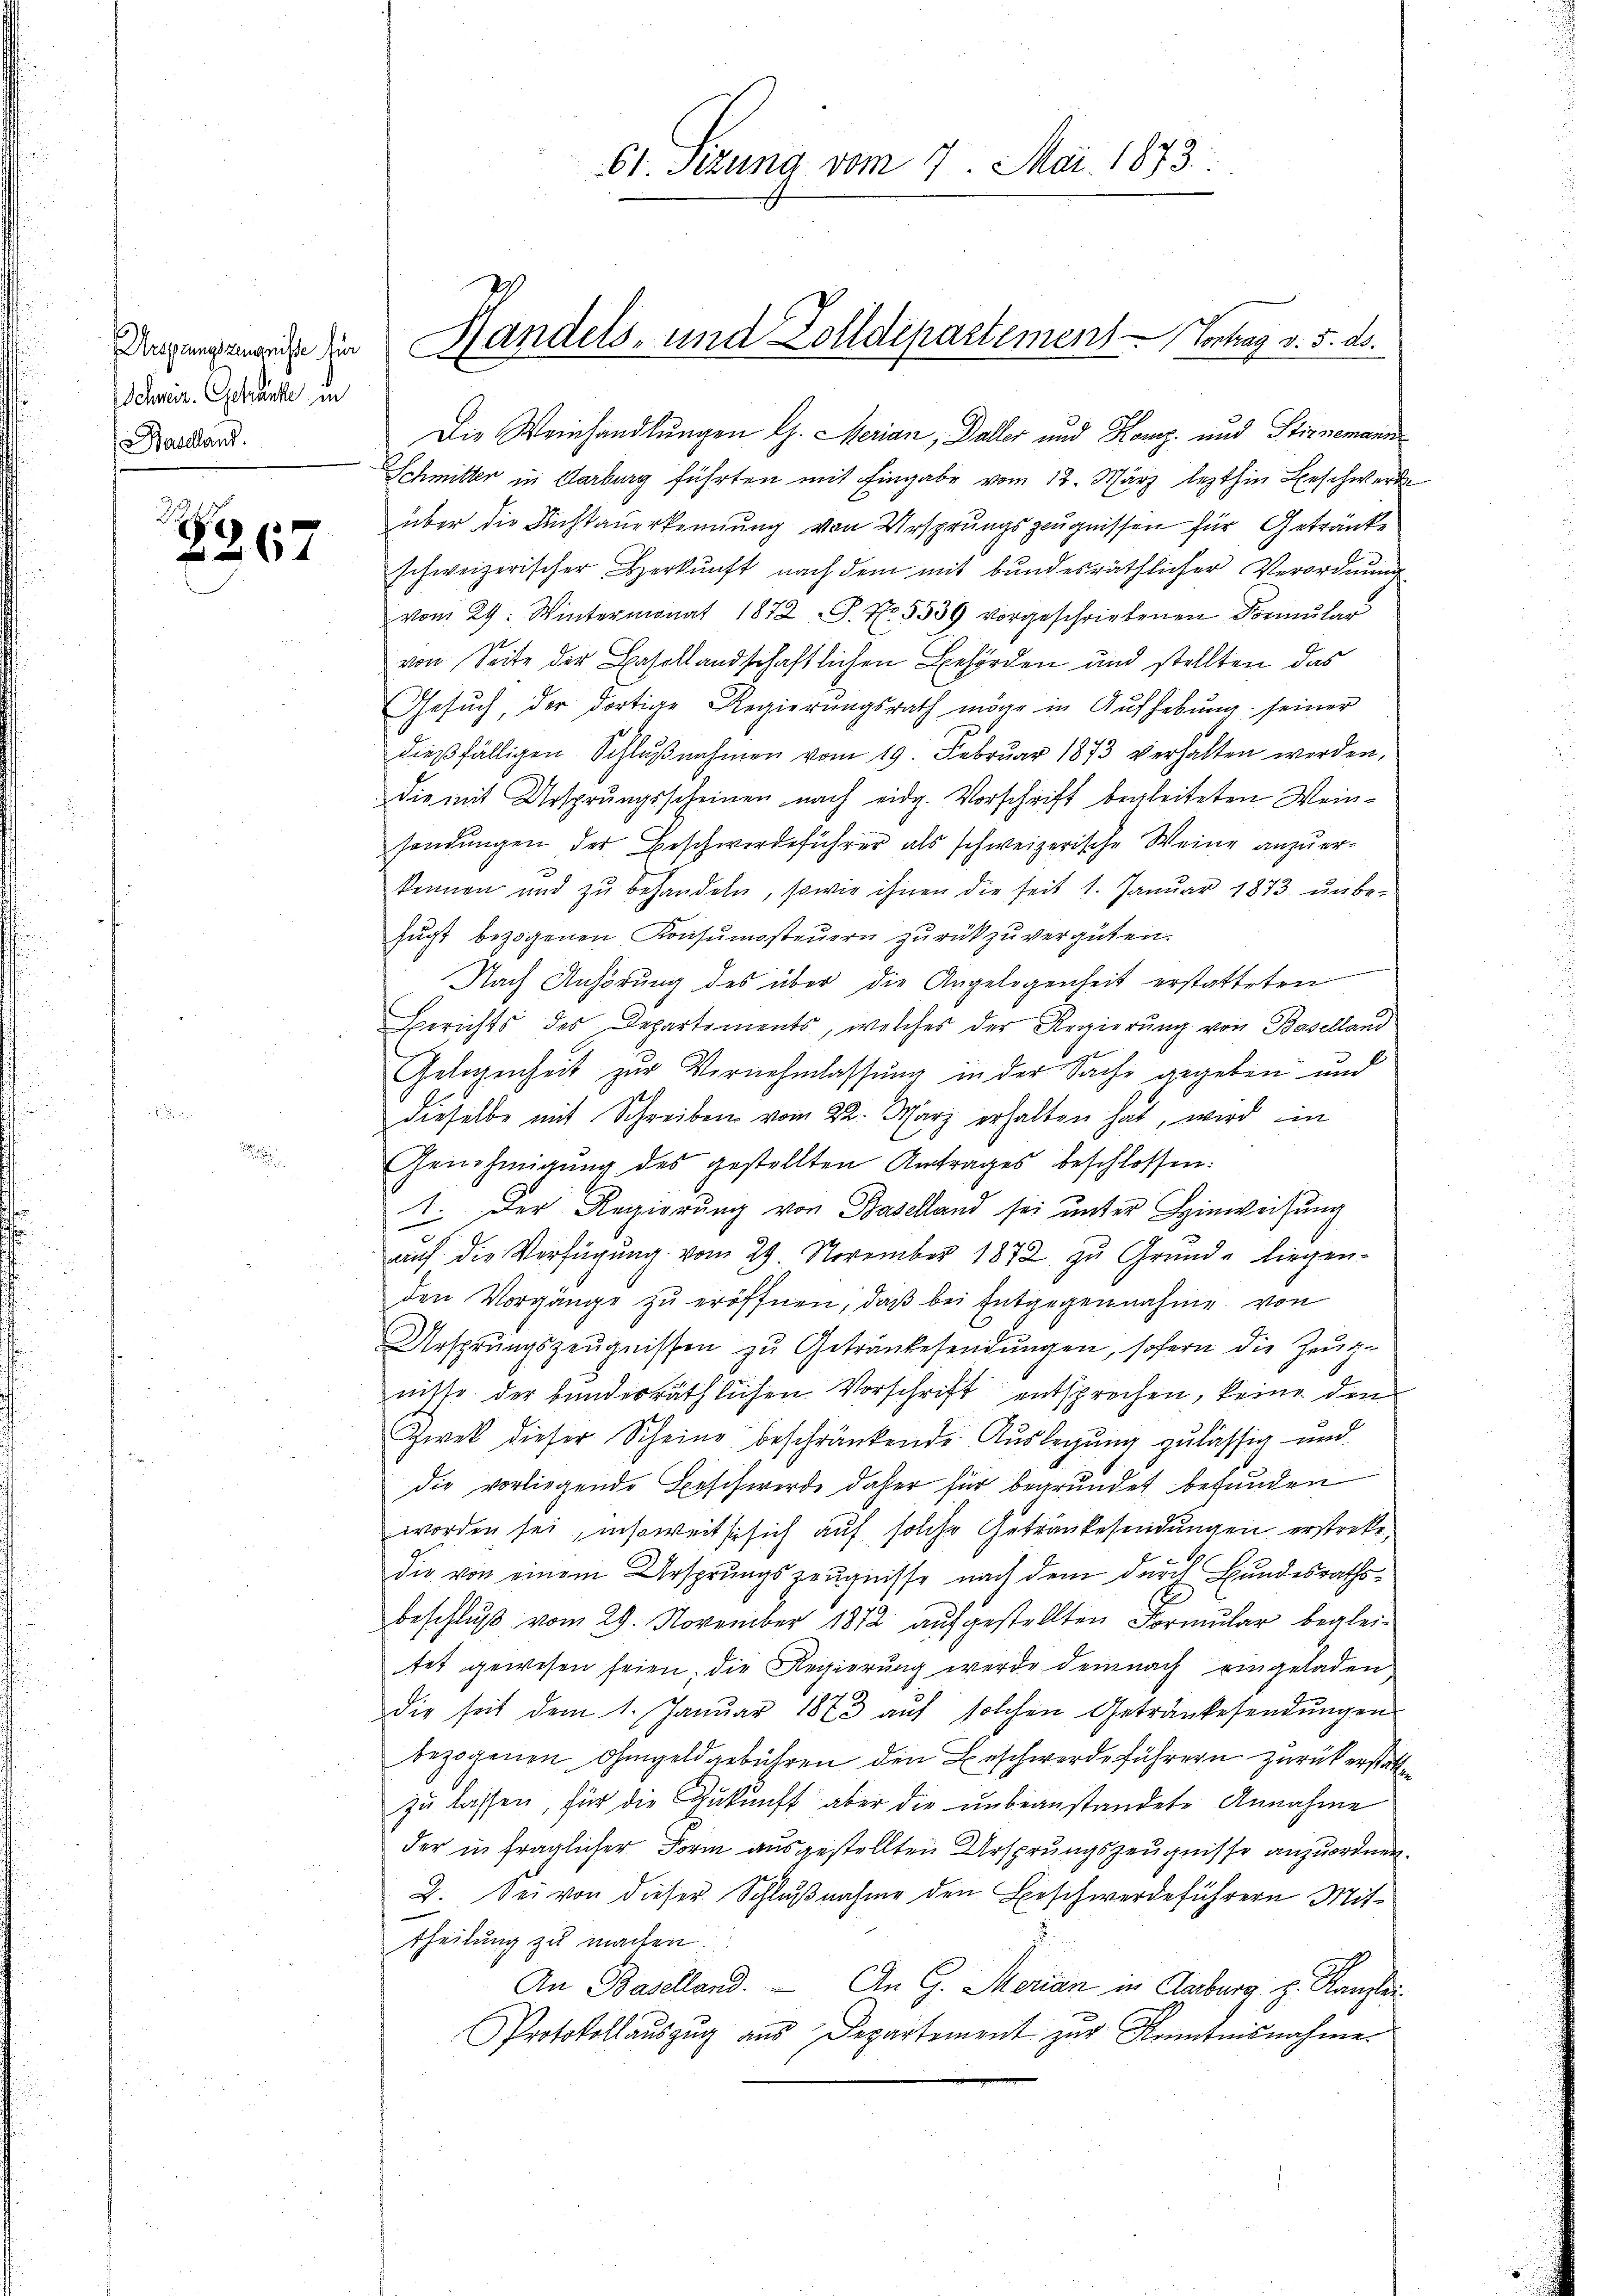
Schweiz. Gehänke in
Baselland.

2
B367

Die Weinhandlungen G. Merian, Daller und Konz und Stirnemann
Schmitter in Aarburg führten mit Eingabe vom 12. März lezthin Beschwerde
über die Richtanerkennung von Ursprungszeugnissen für Getränke
schweizerischer Herkunft nach dem mit bundesräthlicher Verordnung
vom 29. Wintermonat 1872 S. Nr. 5539 vorgeschriebenen Formŭlar
von Seite der Basellandschaftlichen Behörden und stellten das
Gesŭch, der dortige Regierŭngsrath möge in Aŭfhebŭng seiner
dießfälligen Schlŭβnahmen vom 19. Februar 1873 verhalten werden.
die mit Ursprungsscheinen nach eidg. Vorschrift begleiteten Weinsendungen der Beschwerdeführer als schweizerische Weine anzuerkennen und zŭ behandeln, sowie ihnen die seit 1. Janŭar 1873. ŭnbe-
fugt bezogenen Konsumsteuern zurückzuvergüten.
Nach Anhörung des über die Angelegenheit erstatteten
Berichts des Departements, welches der Regierŭng von Baselland
Gelegenheit zur Vernehmlassung in der Sache gegeben und
dieselbe mit Schreiben vom 22. März erhalten hat, wird ein
Genehmigung des gestellten Antrages beschlossen:
1. Der Regierŭng von Baselland sei ŭnter Hinweisung
auf die Verfügung vom 29. November 1872 zu Grunde liegen-
den Vorgänge zu eröffnen, daß bei Entgegennahme von
Ursprungszeŭgnissen zŭ Getränkesendŭngen, sofern die Zeuge
nitte der bunderräthlichen Vorschrift entsprechen, keine dem
Zwek dieser Scheine beschränkende Auslegung zulässig und
die vorliegende Beschwerde daher für begründet befunden
worden sei, insoweit sie sich auf solche Getränkesendungen erstreke,
die von einem Ursprungszeugnisse nach dem durch Bundesrathsbeschluß vom 29. November 1872 aufgestellten Formular begleitet gewesen seien; die Regierŭng werde demnach eingeladen
die seit dem 1. Januar 1873 aŭf solchen Getrankesendŭngen
bezogenen Ohmgeld gebühren den Beschwerde führern zurück erstatte
zu lassen, für die Zukunft aber die unbeanstandete Annahme
der in fraglicher Form ausgestellten Ursprungszeugnisse anzuordnen.
2. Sei von dieser Schlußnahme den Beschwerdeführern Mittheilung zu machen.
An Baselland. An G. Merian in Aarburg z. Kanzlei
Protokollauszug aus Departement zur Kenntnisnahme

61. Sizung vom 7. Mai 1873.

Dingenende in Handels- und Zolldepartement Vortrag v. 5. ds.